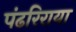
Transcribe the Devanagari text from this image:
पंढरिराया